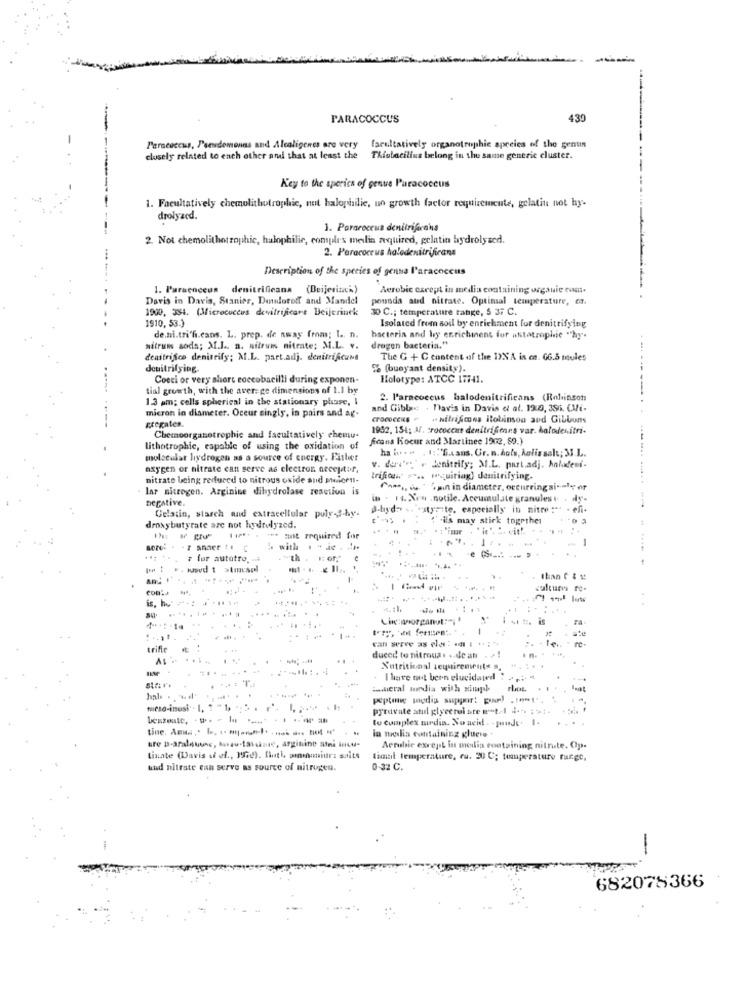
PARACOCCUS
430
Paracoccus, Pseudomonas and Alcaligenes are very
facultatively organotrophic species of the genuin
closely related to each other and that at least the
Thisbacillus belong in the same generic cluster.
Key to the sperics of genue Paracoccus
1. Facultatively chemolithotrophic, not halophilie, no growth factor requiremcute, gelatin not hy-
drolyzed.
1. Poraroceun denitrificans
2. Not chemolithotrophic, halophilie, complex meilis aquired, gelatin hydrolyzed.
2. Paracoccus halodenitrificans
Description of the species of genna l'aracoccus
1. Paraenceus denitrificana (Beijerinci)
Aerobic except in media containing organic com.
Davis in Davis, Stanier, Doloroff and Mandel
pounda aud nitrate. Optimal temperature, co.
1900, 384. (Micrococcus devitrificare Beijerinek
30 C .; temperature tanke, 5 37 C.
1910, 53.)
Isolated from soil by enrichment for denitrifying
de.ni.tri'fi.cans. L. prep. de away from; I. n.
bacteria and by enrichment for attatrophie "hy.
mitrum soda; M.J .. n. nitrum nitrate; M.L. v.
drogen bacteria."
denstrijfco denitrify; M.L. part.adj. denitriAcume
The C + C content of the 19% A is ca. 66.5 moules
denitrifying.
% (buoyant density).
Cocci or very short coccobacilli during exponen-
Holotype: ATCC 17741.
tial growth, with the aver: ge dimensions of 1.1 by
1.3 pm; cells spherical in the stationary phase, I
2. P'aracoccus balodenitrificans (Robinson
micron in diameter. Oceur singly, in pairs and ag-
and Gible . Davis in Davis et al. 19:0, 39i. CMi-
--
gregates.
croCcENS ~ ~ Nitrificons itoliinsou and Gibbons
1952, 151; M. prococcus denitrifiens var. kolodenitri-
Chemoorganotrophic and facultatively chemu-
frans Koeur and Martinee 1902, 89.)
lithotrophic, capable of using the oxidation of
ha bo+ + , 1 :. G.sans. Gr. n.hols, halis salt; 3I.L.
molecular lydrogen as a source of energy. Father
oxygen or nitrate can serve as electron acceptor,
v. der's" . Jenitrify; M.L. part.adj. holadeni-
nitrate being reduced to nitrous oxide and seicen-
trifon ... quiriag) danitrifying.
lar nitrogen. Arginine dihydrolase reaction is
Case, onun in diameter, occurring ail or
begative.
in - 14. Xrs .notile. Accumulate granules
Gelatin, starch and extracellular puly-J-hy.
B.byder .. "styrite, especially in nitre :"
.. . .
"".ils may stick together
droxybutyrate are not hydrolyzed.
...
| |Pf. . *** Hat required for
-
sores . . 7 anaer !! !
: with .......
------------------
# for autotro. . #
-e 6:
pe : ., wood t xtmusel
than C & s!
.....
...
ra
-
can serve as eles : .. . ..
trifte
duced te nitroua. .. de an - >!
.
Nutritional requirements a.
......
I have tut bern elucidated
.
tastieral mirdia with simpl
hale . ... ..
peptone pedig support pourl . 1-t -. ..
meso-imusi - 1, 1 "1, .. .
pyruvate atul glycerol ste == t-1 2 --- : 1-
tu complex mirdin. No acid . - pause. I.
. ..
in melis containing gluere
kre B-aralabuse, kurau-talsinte, arginine stni inwu-
Aerobic except in melis containing nitrute. Op.
linate (avis if ol ., 3920). theth, ammoniurs salits
tical temperature, ru. 20 C; temperature runge,
und nitrate can serve as source of nitrogen.
0 32 C.
-
682078366